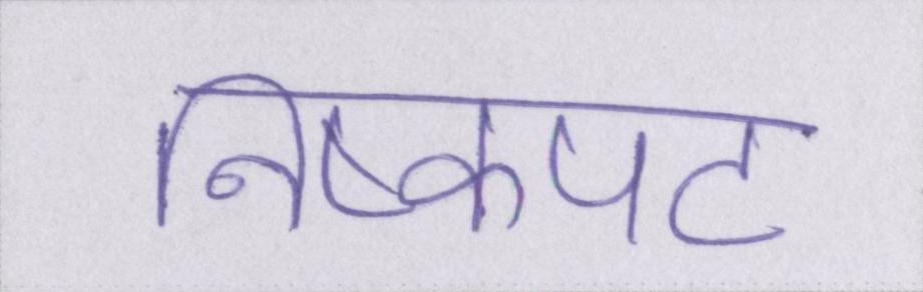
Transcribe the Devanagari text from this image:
निष्कपट